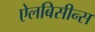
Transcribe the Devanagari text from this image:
ऐलबिसीन्स